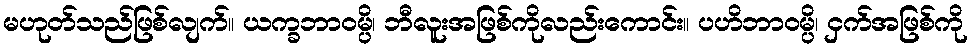
မဟုတ်သည်ဖြစ်လျက်။ ယက္ခဘာဝမ္ပိ၊ ဘီလူးအဖြစ်ကိုလည်းကောင်း။ ပဟိဘာဝမ္ပိ၊ ငှက်အဖြစ်ကို